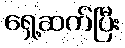
ရှေ့ဆက်ပြီး